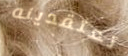
تعتقدينه